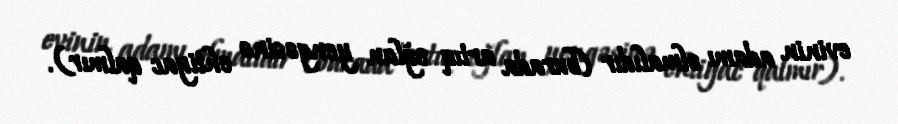
evinin adamı olmalıdır (burada artıq oğlan yengəsinə ehtiyac qalmır).